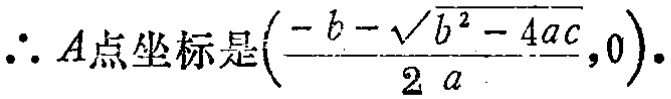
\(\therefore A点坐标是(\frac{-b - \sqrt{b^{2} - 4ac}}{2a},0).\)